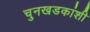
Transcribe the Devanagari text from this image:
चुनखडकांशी